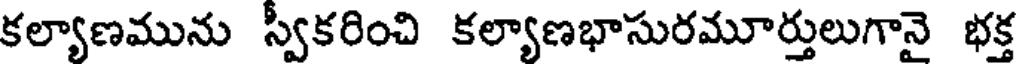
కల్యాణమును స్వకరించి కల్యాణభాసురమూర్తులుగానై భక్త